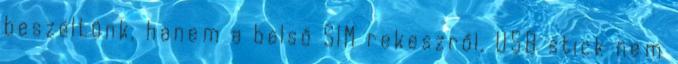
beszéltünk, hanem a belső SIM rekeszről. USB stick nem